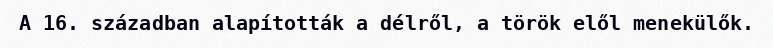
A 16. században alapították a délről, a török elől menekülők.